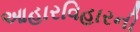
આહારવિહારની